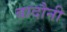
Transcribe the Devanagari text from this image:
बादौनी